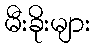
မီးခိုးများ